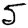
Digit: 5